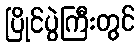
ပြိုင်ပွဲကြီးတွင်